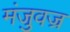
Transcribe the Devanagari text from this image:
मंजुवज्र